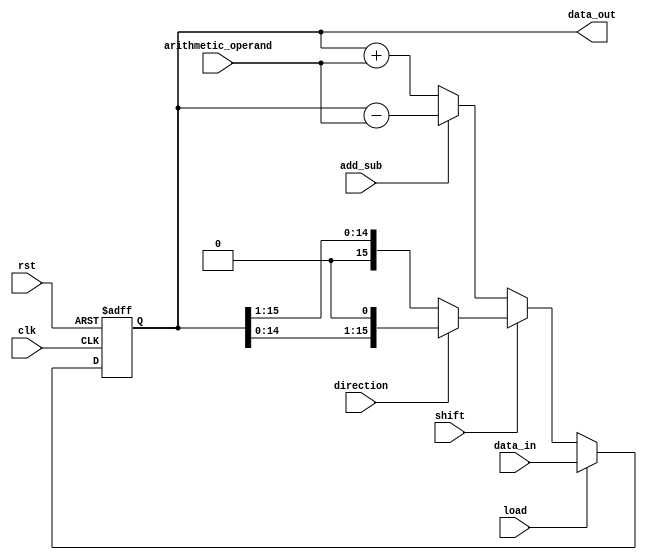
module LogarithmicShiftRegister #(parameter WIDTH = 16) (
    input wire clk,               // Clock signal
    input wire rst,               // Reset signal
    input wire load,              // Load control signal
    input wire shift,             // Shift control signal
    input wire direction,         // Shift direction (0 for left, 1 for right)
    input wire [WIDTH-1:0] data_in, // Input data
    input wire [WIDTH-1:0] arithmetic_operand, // Operand for arithmetic operations
    input wire add_sub,          // 0 for addition, 1 for subtraction
    output reg [WIDTH-1:0] data_out // Output data
);

// Internal register to hold the data
reg [WIDTH-1:0] register;

// Logarithmic shift operation
function [WIDTH-1:0] log_shift;
    input [WIDTH-1:0] value;
    input [3:0] shift_amount; // Adjust shift amount based on logarithm basis
    begin
        log_shift = (direction == 1'b0) ? (value >> shift_amount) : (value << shift_amount);
    end
endfunction

// Arithmetic operation
function [WIDTH-1:0] arithmetic_op;
    input [WIDTH-1:0] value;
    input [WIDTH-1:0] operand;
    input add_sub;
    begin
        arithmetic_op = (add_sub == 1'b0) ? (value + operand) : (value - operand);
    end
endfunction

always @(posedge clk or posedge rst) begin
    if (rst) begin
        register <= 0; // Reset the register
    end else begin
        if (load) begin
            register <= data_in; // Load new data
        end else if (shift) begin
            // Perform logarithmic shift with a shift amount based on some criteria
            // For example, using a fixed amount, you can change as per application
            register <= log_shift(register, 1); // Changing shift amount as needed
        end else begin
            // Perform arithmetic operation if no shift is activated
            register <= arithmetic_op(register, arithmetic_operand, add_sub);
        end
    end
end

// Assign output data
assign data_out = register;

endmodule